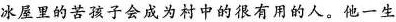
冰屋里的苦孩子会成为村中的很有用的人。他一生